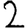
Digit: 2